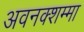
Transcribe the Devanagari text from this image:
अवनक्शम्मा